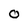
Character: 0